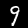
Digit: 9